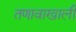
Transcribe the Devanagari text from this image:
तणावाखाली